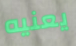
يعنيه